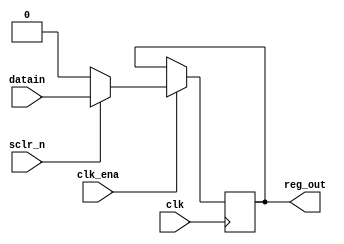
module regs (datain, clk, sclr_n, clk_ena, reg_out);

input datain;
input clk, sclr_n, clk_ena;
output reg reg_out;

always @ (posedge clk)
begin
	if(clk_ena)
		if (sclr_n == 1'b0)
			reg_out <= 0;
		else 
			reg_out <= datain;
	
end


endmodule